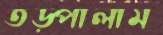
তড়্‌পালাম